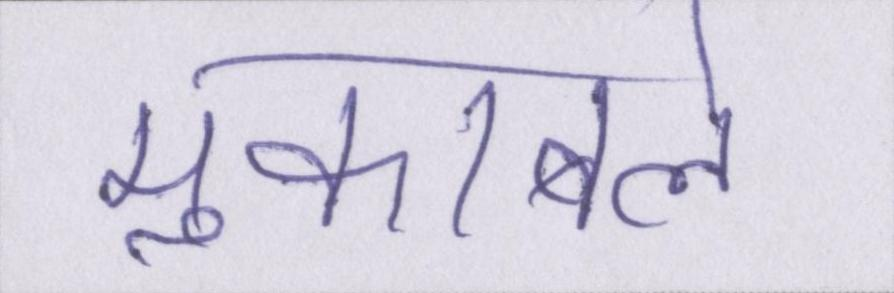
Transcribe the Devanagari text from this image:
मुकाबले